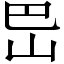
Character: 岊